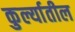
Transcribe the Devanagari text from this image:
कुर्ल्यातील